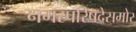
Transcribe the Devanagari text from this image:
नगरपरिषदेसमोर